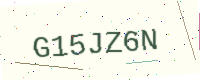
Text: G15JZ6N